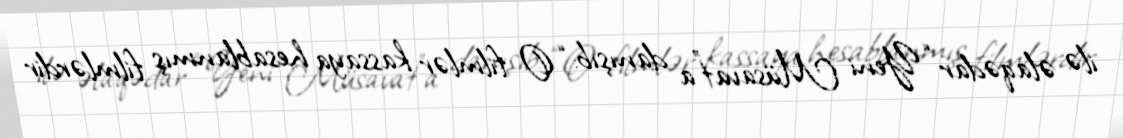
ilə əlaqədar “Yeni Müsavat”a danışıb: “O filmlər kassaya hesablanmış filmlərdir